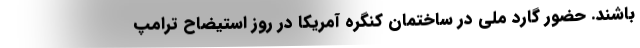
باشند. حضور گارد ملی در ساختمان کنگره آمریکا در روز استیضاح ترامپ